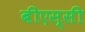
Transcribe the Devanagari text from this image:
बीएस्‌सी